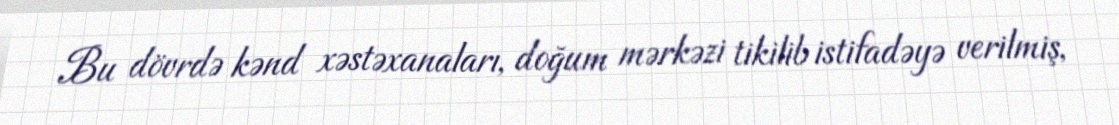
Bu dövrdə kənd xəstəxanaları, doğum mərkəzi tikilib istifadəyə verilmiş,